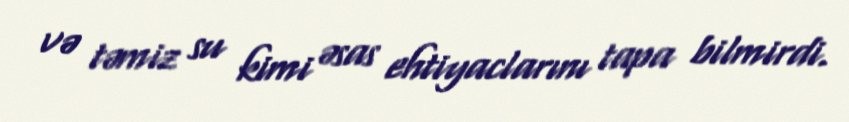
və təmiz su kimi əsas ehtiyaclarını tapa bilmirdi.